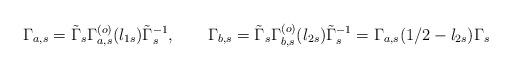
LaTeX: \begin{align*}\Gamma_{ a,s}=\tilde\Gamma_s\Gamma_{ a ,s}^{(o)}(l_{1s}) \tilde\Gamma_s^{-1}, \qquad \Gamma_{b ,s}=\tilde\Gamma_s\Gamma_{b ,s}^{(o)}(l_{2s}) \tilde\Gamma_s^{-1}= \Gamma_{ a,s}({1/2}-l_{2s})\Gamma_s\qquad\end{align*}